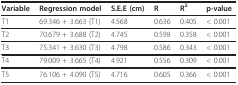
<table><thead><tr><td><b>Variable</b></td><td><b>Regression model</b></td><td><b>S.E.E (cm)</b></td><td><b>R</b></td><td><b>R<sup>2</sup></b></td><td><b>p-value</b></td></tr></thead><tbody><tr><td>T1</td><td>69.346 + 3.663 (T1)</td><td>4.568</td><td>0.636</td><td>0.405</td><td>&lt; 0.001</td></tr><tr><td>T2</td><td>70.679 + 3.688 (T2)</td><td>4.745</td><td>0.598</td><td>0.358</td><td>&lt; 0.001</td></tr><tr><td>T3</td><td>75.341 + 3.630 (T3)</td><td>4.798</td><td>0.586</td><td>0.343</td><td>&lt; 0.001</td></tr><tr><td>T4</td><td>79.009 + 3.665 (T4)</td><td>4.921</td><td>0.556</td><td>0.309</td><td>&lt; 0.001</td></tr><tr><td>T5</td><td>76.106 + 4.090 (T5)</td><td>4.716</td><td>0.605</td><td>0.366</td><td>&lt; 0.001</td></tr></tbody></table>